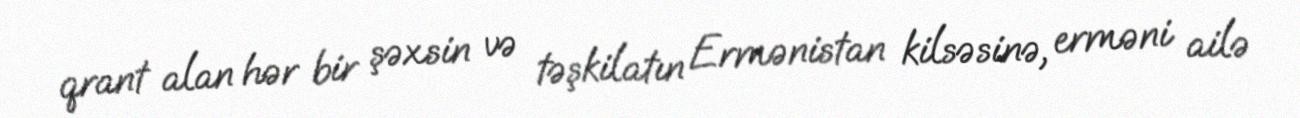
qrant alan hər bir şəxsin və təşkilatın Ermənistan kilsəsinə, erməni ailə